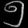
Digit: ၅